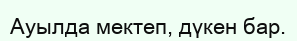
Ауылда мектеп, дүкен бар.